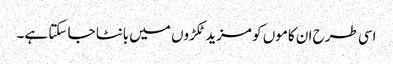
اسی طرح ان کاموں کو مزید ٹکڑوں میں بانٹا جا سکتا ہے۔